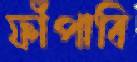
ফাঁপাবি